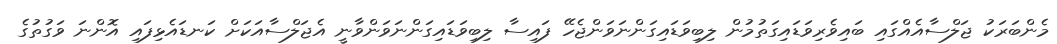
މެންބަރަކު ޖަލްސާއެއްގައި ބައިވެރިވަޑައިގަތުމުން ލިބިވަޑައިގަންނަވަންޖެހޭ ފައިސާ ލިބިވަޑައިގަންނަަވަންވާނީ އެޖަލްސާއަކަށް ކަނޑައެޅިފައި އޮންނަ ވަގުތުގެ